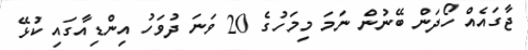
ޖާގައެއް ހޯދަން ބޭނުން ނަމަ މިމަހުގެ 20 ވަނަ ދުވަހު އިންޑިއާގައި ކުޅޭ